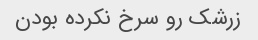
زرشک رو سرخ نکرده بودن